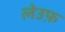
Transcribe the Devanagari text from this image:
लेउफ़